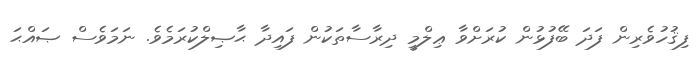
ފިޤުހުވެރިން ފަދަ ބޭފުޅުން ކުރަށްވާ ޢިލްމީ ދިރާސާތަކުން ފައިދާ ޙާޞިލްކުރަމެވެ. ނަމަވެސް ޞައްޙަ